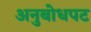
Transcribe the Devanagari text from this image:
अनुबोधपट